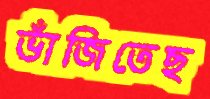
ভাঁজিতেছ